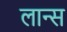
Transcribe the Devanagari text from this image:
लान्‍स